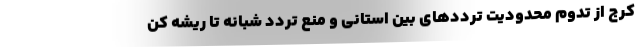
کرج از تدوم محدودیت ترددهای بین استانی و منع تردد شبانه تا ریشه کن